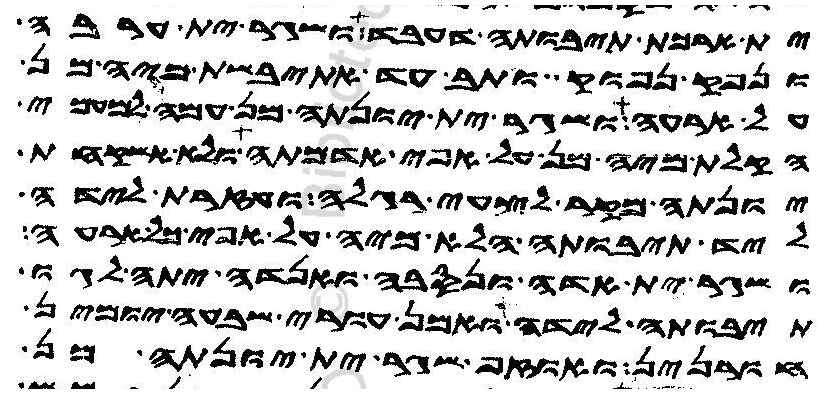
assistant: ית ארכת תיבותה דעבד ושגר ית ערבה
ונפק נפוק ותב עד אתיבשת מיה מן
על ארעה ושגר ית יונתה מן עמה למעמי
הקלת מיה מן על אפי אדמתה ולא אשקחת
יונתה מקר לצעי רגלה ועזרת לידה
ליד תיבותה הלא מיה על אפי כל ארעה
ושגר ית אדה ונסבה ואנדה יתה לגו
תיבותה לידה ואמן עורי שבעה יומין
חורנין ואוזף שגר ית יונתה מן